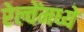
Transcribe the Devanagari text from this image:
रेल्वेंमध्ये